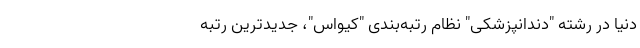
دنیا در رشته "دندانپزشکی" نظام‌ رتبه‌بندی "کیواس"، جدیدترین رتبه